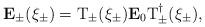
LaTeX: \begin{align*}{\bf E}_\pm(\xi_\pm)={\rm T}_\pm(\xi_\pm){\bf E}_0{\rm T}^{\dagger}_\pm(\xi_\pm),\end{align*}